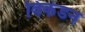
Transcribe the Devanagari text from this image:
विकंडन